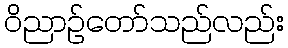
ဝိညာဉ်တော်သည်လည်း